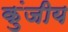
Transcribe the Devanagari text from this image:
कुंजीय